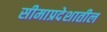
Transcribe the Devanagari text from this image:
सीमाप्रदेशातील